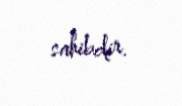
sahibdir.